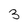
Character: 3